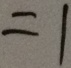
= 1